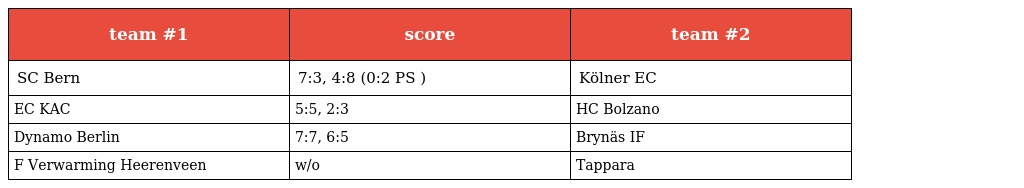
| team #1 | score | team #2 |
 | --- | --- | --- |
 | SC Bern | 7:3, 4:8 (0:2 PS ) | Kölner EC |
 | EC KAC | 5:5, 2:3 | HC Bolzano |
 | Dynamo Berlin | 7:7, 6:5 | Brynäs IF |
 | F Verwarming Heerenveen | w/o | Tappara |